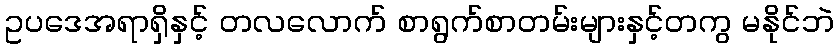
ဥပဒေအရာရှိနှင့် တလလောက် စာရွက်စာတမ်းများနှင့်တကွ မနိုင်ဘဲ